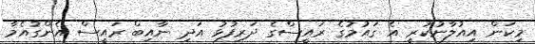
މިކަން އިއުލާނުކުރީ އެ ގައުމުގެ ރައީސްގެ ދަރިފުޅު އަދި ނާއިބް ރައީސް އެންގުއެމާ